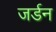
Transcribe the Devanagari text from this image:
जर्डन